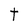
Character: t